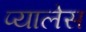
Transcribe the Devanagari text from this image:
प्यालेस